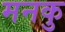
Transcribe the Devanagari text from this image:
मनकु